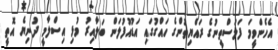
އެހެންވީމަ ފަލަސްތީނުގެ ރައްޔިތުންގެ ހައްގުގައި އަޑުއުފުލަން ބަލާއިރު މުޅި އިސްލާމީ ދުނިޔެ އޮތީ